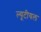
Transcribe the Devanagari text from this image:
ल्यूटीयल